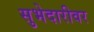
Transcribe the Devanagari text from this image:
सुभेदारीवर